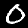
Label: 0